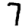
Digit: 7